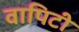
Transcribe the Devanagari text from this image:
वापिटी